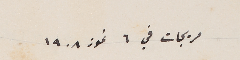
مريجات في ٦ تموز ١٩٠٨